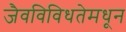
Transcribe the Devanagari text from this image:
जैवविविधतेमधून